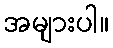
အများပါ။